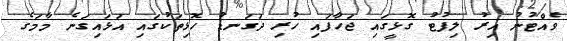
ވެއްޓުނު އިރު ލިފުޓު ގޮޅީގައި ޖަހާފައި ހުރި ދަގަނޑު ހޮޅިތަކުގައި އަޅައިގަނެ މާމަގެ